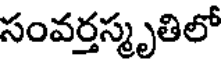
సంవర్తస్మృతిలో